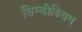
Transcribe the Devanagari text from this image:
सिम्बीडियम